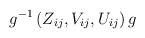
\begin{align*}g^{-1} \left( Z_{ij}, V_{ij}, U_{ij} \right) g\end{align*}